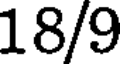
18/9